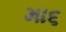
મા૬